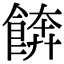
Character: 餴